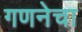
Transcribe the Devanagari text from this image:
गणनेचा